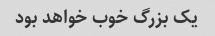
یک بزرگ خوب خواهد بود